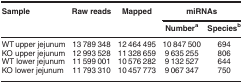
<table><thead><tr><td><b>Sample</b></td><td><b>Raw reads</b></td><td><b>Mapped</b></td><td colspan="2"><b>miRNAs</b></td></tr></thead><tbody><tr><td> </td><td> </td><td> </td><td><b>Numbera</b></td><td><b>Speciesb</b></td></tr><tr><td>WT upper jejunum</td><td>13 789 348</td><td>12 464 495</td><td>10 847 500</td><td>694</td></tr><tr><td>KO upper jejunum</td><td>12 993 528</td><td>11 328 659</td><td>9 635 255</td><td>806</td></tr><tr><td>WT lower jejunum</td><td>11 599 001</td><td>10 576 282</td><td>9 132 527</td><td>644</td></tr><tr><td>KO lower jejunum</td><td>11 793 310</td><td>10 457 773</td><td>9 067 347</td><td>750</td></tr></tbody></table>